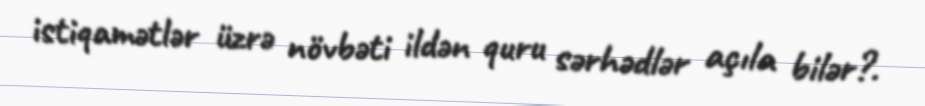
istiqamətlər üzrə növbəti ildən quru sərhədlər açıla bilər?.